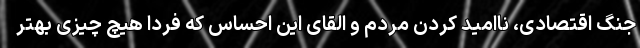
جنگ اقتصادی، ناامید کردن مردم و القای این احساس که فردا هیچ چیزی بهتر